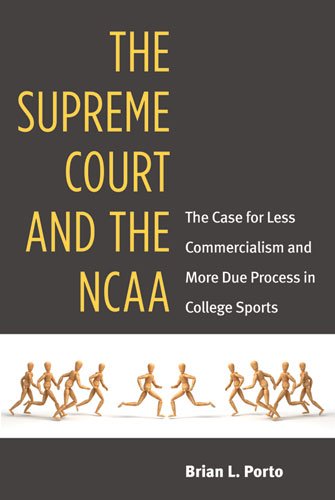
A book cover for The Supreme Court and the NCAA: The Case for Less Commercialism and More Due Process in College Sports; Brian Porto; Law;